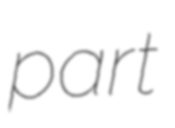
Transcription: part